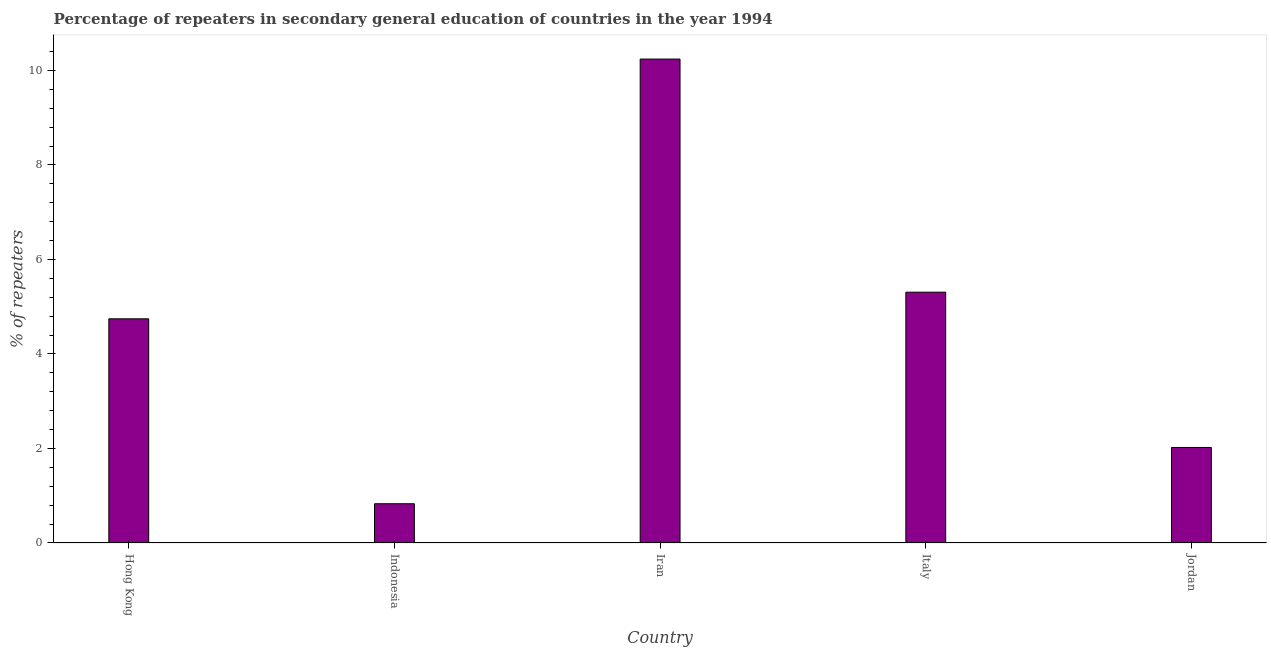
| Country | Percentage of repeaters |
 | --- | --- |
 | Hong Kong | 4.74 |
 | Indonesia | 0.831 |
 | Iran | 10.2 |
 | Italy | 5.31 |
 | Jordan | 2.02 |